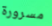
مسرورة